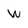
Character: w